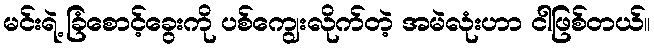
မင်းရဲ့ ခြံစောင့်ခွေးကို ပစ်ကျွေးလိုက်တဲ့ အမဲလုံးဟာ ငါဖြစ်တယ်။